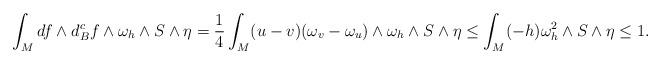
LaTeX: \begin{align*}\int_M df\wedge d^c_B f\wedge \omega_h\wedge S\wedge \eta=\frac{1}{4}\int_M (u-v)(\omega_v-\omega_u)\wedge \omega_h\wedge S\wedge \eta\leq \int_M (-h) \omega_h^2\wedge S\wedge \eta\leq 1. \end{align*}